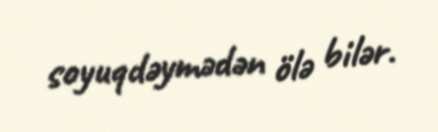
soyuqdəymədən ölə bilər.